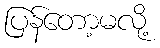
ပြန်တော့မလို့